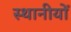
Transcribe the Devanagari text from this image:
स्थानीयों